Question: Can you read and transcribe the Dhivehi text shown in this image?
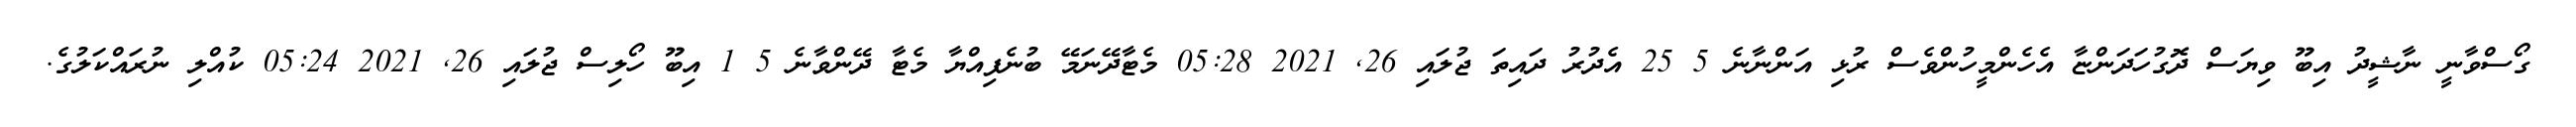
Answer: ގޯސްވާނީ ނާޝީދު އިބޫ ވިޔަސް ދޮގުހަދަންޏާ އެހެންމީހުންވެސް ރުޅި އަންނާނެ 5 25 އެދުރު ދައިތަ ޖުލައި 26, 2021 05:28 މެޓާދޭނަމޭ ބުނެފިއްޔާ މެޓާ ދޭންވާނެ 5 1 އިބޫ ހޯލިސް ޖުލައި 26, 2021 05:24 ކުއްލި ނުރައްކަލުގެ.